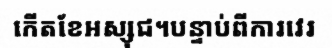
កើតខែអស្សុជ។បន្ទាប់ពីការវេរ